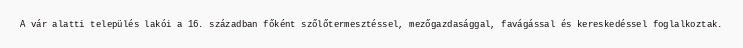
A vár alatti település lakói a 16. században főként szőlőtermesztéssel, mezőgazdasággal, favágással és kereskedéssel foglalkoztak.